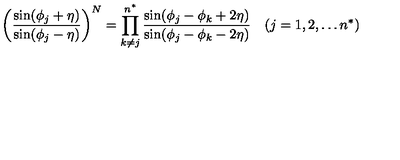
\biggl ( \frac { \sin ( \phi _ { j } + \eta ) } { \sin ( \phi _ { j } - \eta ) } \biggr ) ^ { N } = \prod _ { k \ne j } ^ { n ^ { \ast } } \frac { \sin ( \phi _ { j } - \phi _ { k } + 2 \eta ) } { \sin ( \phi _ { j } - \phi _ { k } - 2 \eta ) } \quad ( j = 1 , 2 , \ldots n ^ { \ast } )